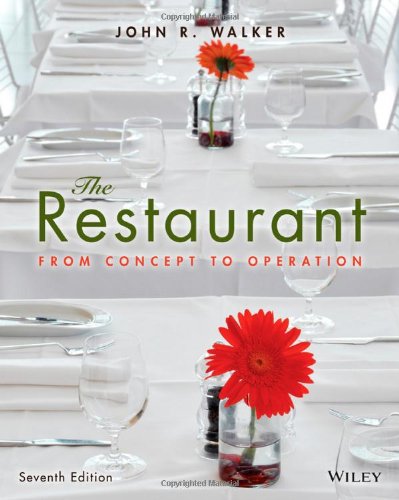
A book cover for The Restaurant: From Concept to Operation; John R. Walker; Business & Money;